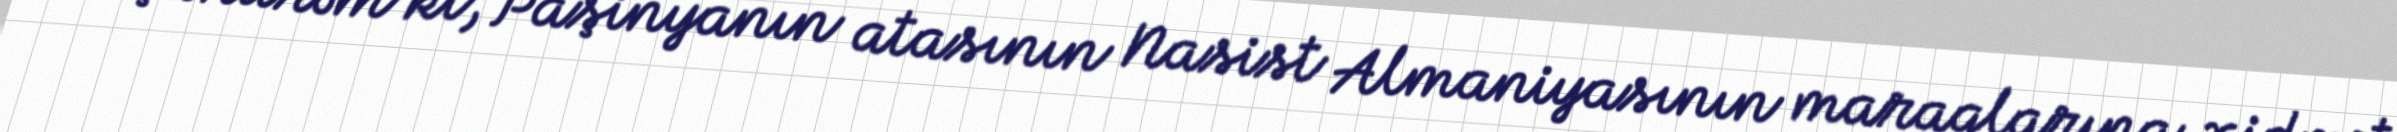
Düşünürəm ki, Paşinyanın atasının Nasist Almaniyasının maraqlarına xidmət